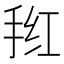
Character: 𭠲